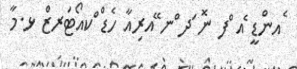
ެއންޑީ ެއ ްފ ނޮ ަދ ްނ ޭއރިއާ ހެޑް ްކއޯޓަރޒް ޅ.މާ